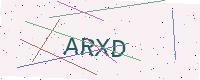
Text: ARXD